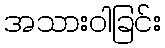
အသားဝါခြင်း